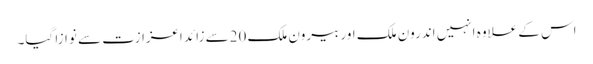
اس کے علاوہ انہیں اندرون ملک اور بیرون ملک 20سے زائد اعزازت سے نوازا گیا۔